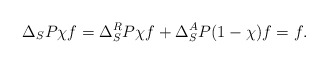
\begin{align*} \Delta_S P \chi f = \Delta_S^R P \chi f + \Delta_S^A P(1-\chi)f = f.\end{align*}